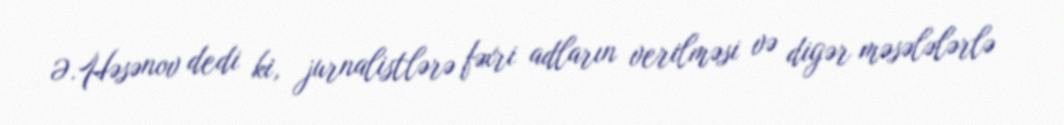
Ə.Həsənov dedi ki, jurnalistlərə fəxri adların verilməsi və digər məsələlərlə